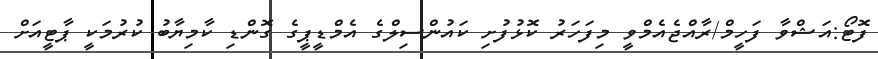
ފޮޓޯ:އަޝްވާ ފަހީމް/ރާއްޖެއެމްވީ މިފަހަރު ކޮޅުފުށި ކައުންސިލްގެ އެމްޑީޕީގެ ގޮންޑި ކާމިޔާބު ކުރުމަކީ ޕާޓީއަށް